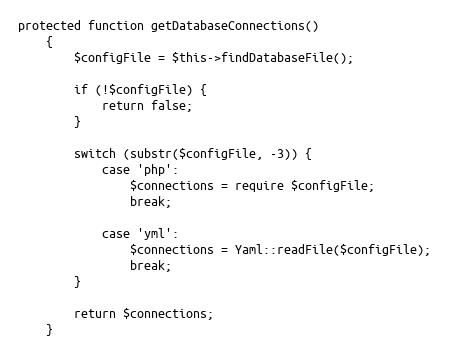
Language: PHP
protected function getDatabaseConnections()
    {
        $configFile = $this->findDatabaseFile();

        if (!$configFile) {
            return false;
        }

        switch (substr($configFile, -3)) {
            case 'php':
                $connections = require $configFile;
                break;

            case 'yml':
                $connections = Yaml::readFile($configFile);
                break;
        }

        return $connections;
    }